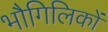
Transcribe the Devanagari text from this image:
भौगिलिकों